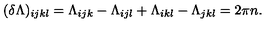
( \delta \Lambda { } ) _ { i j k l } = \Lambda _ { i j k } - \Lambda _ { i j l } + \Lambda _ { i k l } - \Lambda _ { j k l } = 2 \pi { } n .